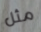
مثل